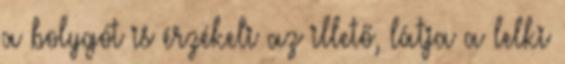
a bolygót is érzékeli az illető, látja a lelki